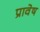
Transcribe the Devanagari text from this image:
प्रावेष